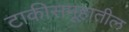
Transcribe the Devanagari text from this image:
टाकीसमूहातील